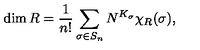
\dim R = \frac { 1 } { n ! } \sum _ { \sigma \in S _ { n } } N ^ { K _ { \sigma } } \chi _ { R } ( \sigma ) ,